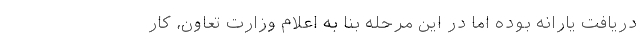
دریافت یارانه بوده اما در این مرحله بنا به اعلام وزارت تعاون، کار